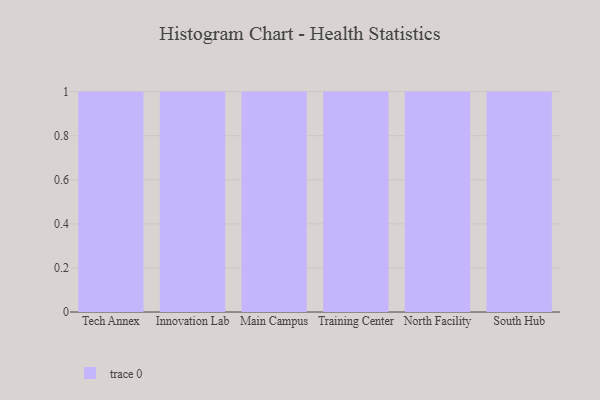
{"axis": {"x": "Campus", "y": "LTV (USD)"}, "legend": [""], "data": [{"x": "Tech Annex", "y": 96, "type": ""}, {"x": "Innovation Lab", "y": 94, "type": ""}, {"x": "Main Campus", "y": 74, "type": ""}, {"x": "Training Center", "y": 16, "type": ""}, {"x": "North Facility", "y": 74, "type": ""}, {"x": "South Hub", "y": 81, "type": ""}]}